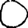
Digit: 0